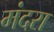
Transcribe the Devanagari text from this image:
मंदरा